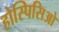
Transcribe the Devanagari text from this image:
होस्पिसिओ